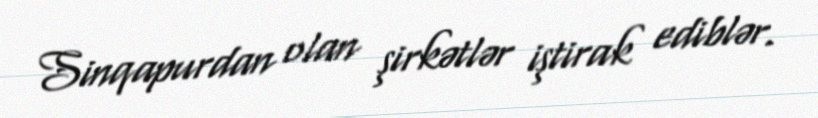
Sinqapurdan olan şirkətlər iştirak ediblər.